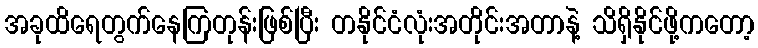
အခုထိရေတွက်နေကြတုန်းဖြစ်ပြီး တနိုင်ငံလုံးအတိုင်းအတာနဲ့ သိရှိနိုင်ဖို့ကတော့